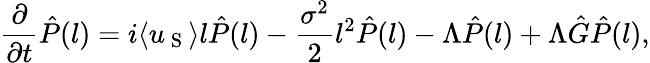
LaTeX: \frac{\partial}{\partial t}\hat{P}(l)=i\langle u_{\mathrm{~S~}}\rangle l\hat{P}(l)-\frac{\sigma^{2}}{2}l^{2}\hat{P}(l)-\Lambda\hat{P}(l)+\Lambda\hat{G}\hat{P}(l),